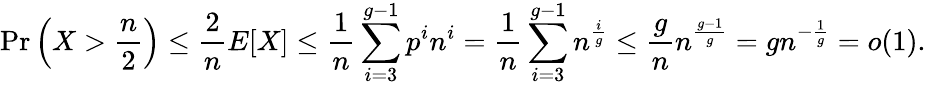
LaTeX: \operatorname*{Pr}\left(X>{\frac{n}{2}}\right)\leq{\frac{2}{n}}E[X]\leq{\frac{1}{n}}\sum_{i=3}^{g-1}p^{i}n^{i}={\frac{1}{n}}\sum_{i=3}^{g-1}n^{\frac{i}{g}}\leq{\frac{g}{n}}n^{\frac{g-1}{g}}=gn^{-{\frac{1}{g}}}=o(1).